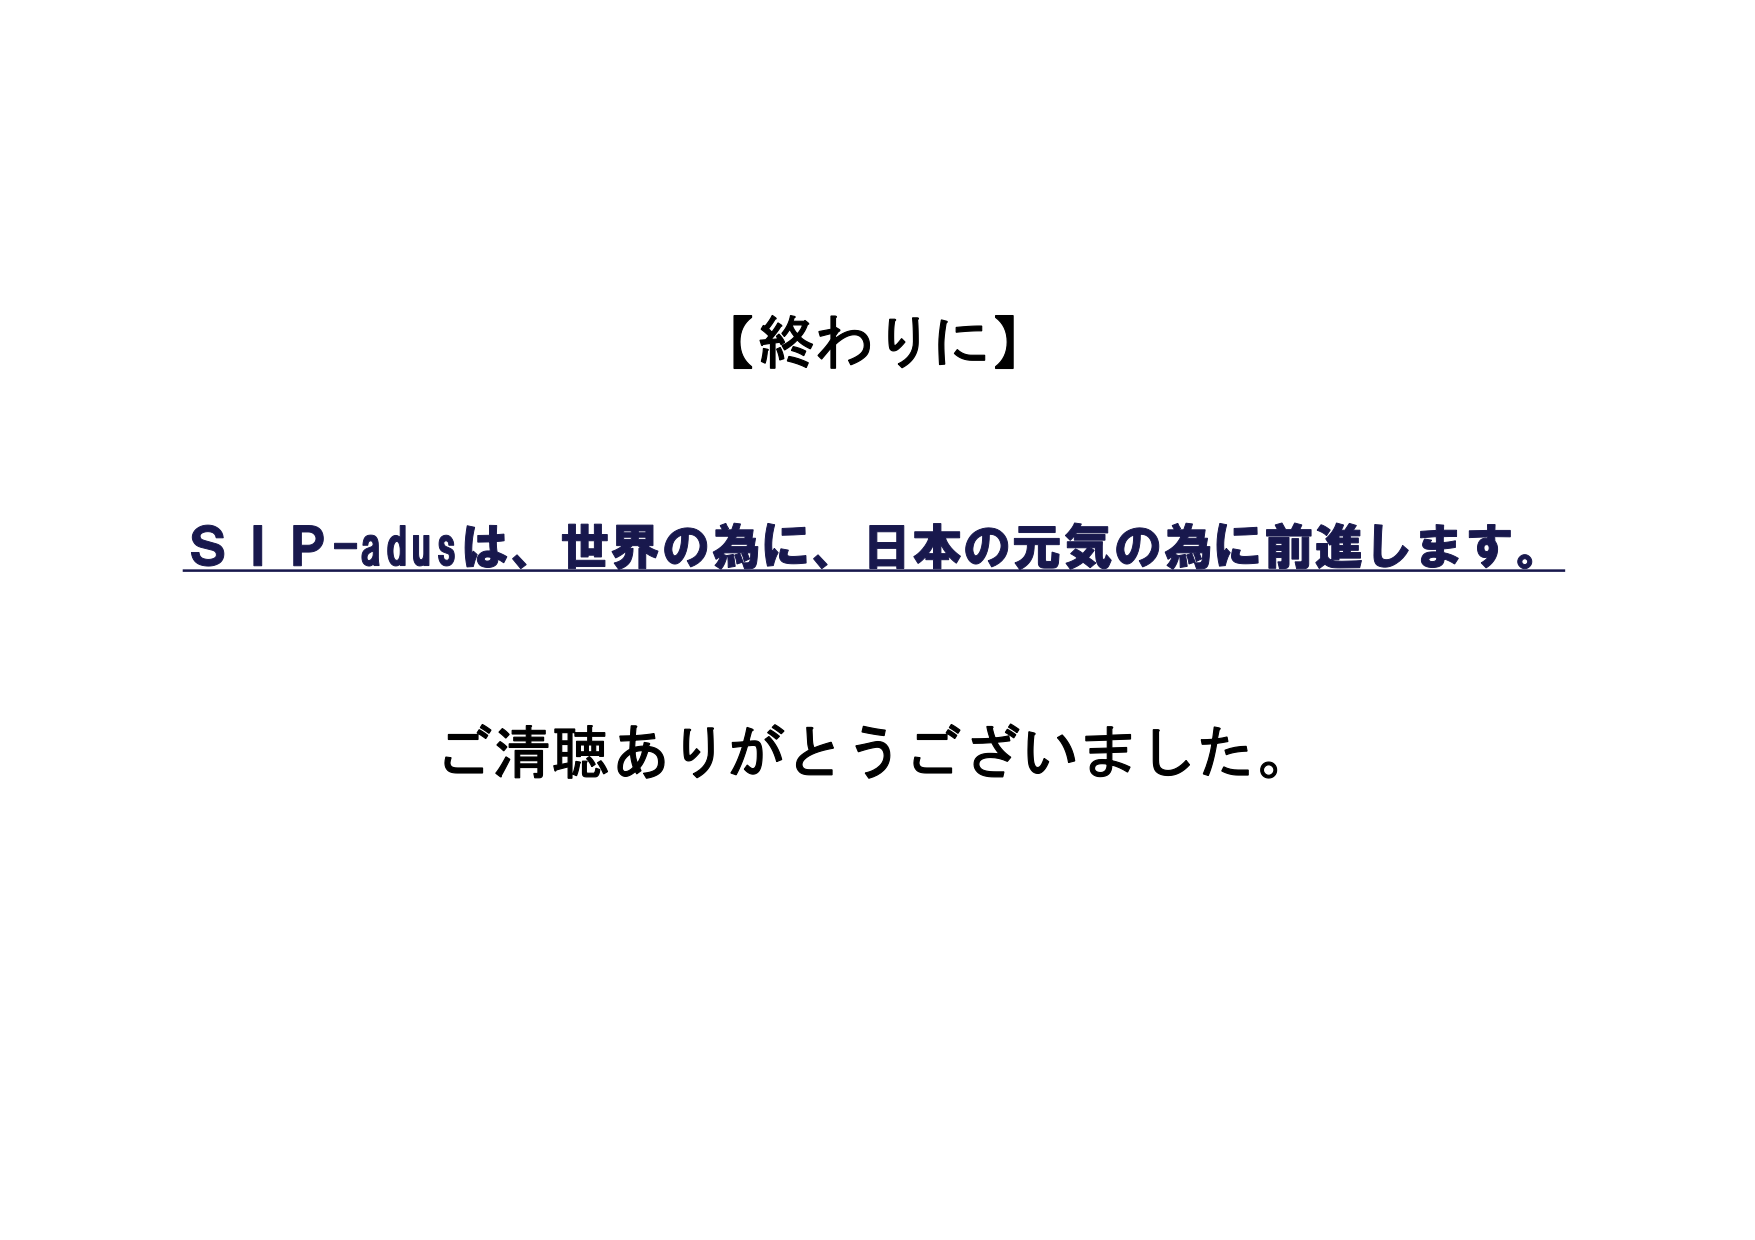
【終わりに】

S I P-adusは、世界の為に、日本の元気の為に前進します。

ご清聴ありがとうございました。